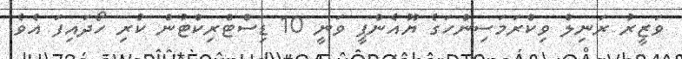
ވަޒީރު ރަނިލް ވިކްރަމަސިންހަގެ ޔޫއެންޕީ ވަނީ 10 ޑިސްޓްރިކްޓުން ކުރި ހޯދައިފަ އެވެ.